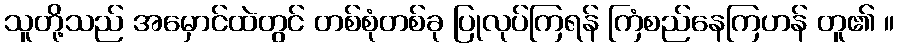
သူတို့သည် အမှောင်ထဲတွင် တစ်စုံတစ်ခု ပြုလုပ်ကြရန် ကြံစည်နေကြဟန် တူ၏ ။